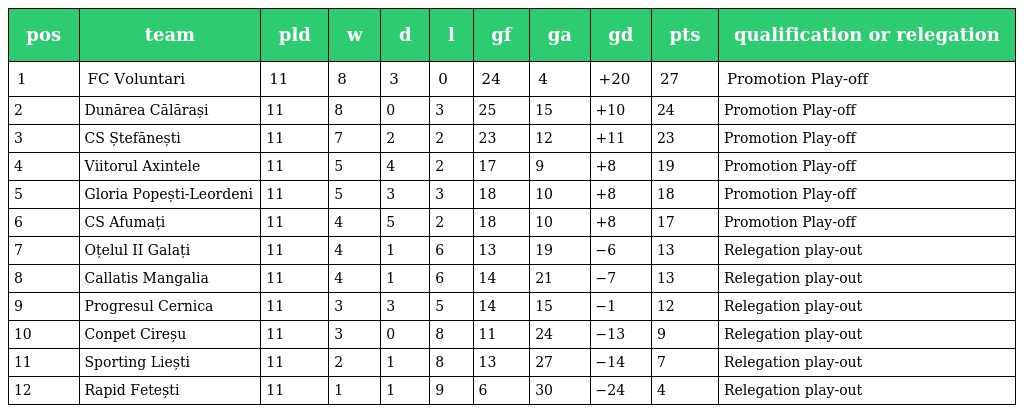
| pos | team | pld | w | d | l | gf | ga | gd | pts | qualification or relegation |
 | --- | --- | --- | --- | --- | --- | --- | --- | --- | --- | --- |
 | 1 | FC Voluntari | 11 | 8 | 3 | 0 | 24 | 4 | +20 | 27 | Promotion Play-off |
 | 2 | Dunărea Călărași | 11 | 8 | 0 | 3 | 25 | 15 | +10 | 24 | Promotion Play-off |
 | 3 | CS Ștefănești | 11 | 7 | 2 | 2 | 23 | 12 | +11 | 23 | Promotion Play-off |
 | 4 | Viitorul Axintele | 11 | 5 | 4 | 2 | 17 | 9 | +8 | 19 | Promotion Play-off |
 | 5 | Gloria Popești-Leordeni | 11 | 5 | 3 | 3 | 18 | 10 | +8 | 18 | Promotion Play-off |
 | 6 | CS Afumați | 11 | 4 | 5 | 2 | 18 | 10 | +8 | 17 | Promotion Play-off |
 | 7 | Oțelul II Galați | 11 | 4 | 1 | 6 | 13 | 19 | −6 | 13 | Relegation play-out |
 | 8 | Callatis Mangalia | 11 | 4 | 1 | 6 | 14 | 21 | −7 | 13 | Relegation play-out |
 | 9 | Progresul Cernica | 11 | 3 | 3 | 5 | 14 | 15 | −1 | 12 | Relegation play-out |
 | 10 | Conpet Cireșu | 11 | 3 | 0 | 8 | 11 | 24 | −13 | 9 | Relegation play-out |
 | 11 | Sporting Liești | 11 | 2 | 1 | 8 | 13 | 27 | −14 | 7 | Relegation play-out |
 | 12 | Rapid Fetești | 11 | 1 | 1 | 9 | 6 | 30 | −24 | 4 | Relegation play-out |